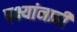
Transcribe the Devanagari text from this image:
पक्ष्यांनाही